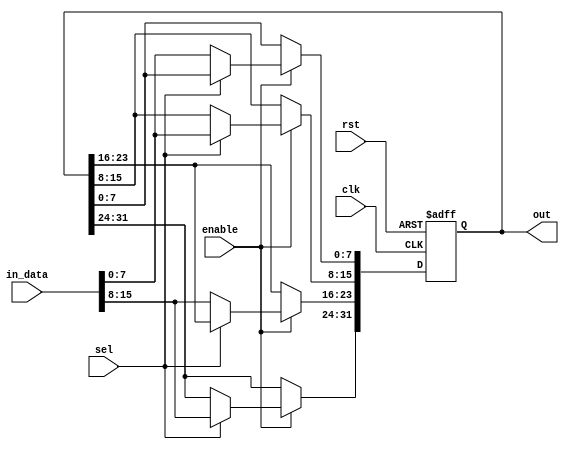
module Reg_out #(parameter NO_comp_word = 2 , data_width = 8) (
    input   wire    [NO_comp_word * data_width-1 : 0]     in_data,        
    input   wire                                          clk , rst,
    input   wire                                          enable,
    output  reg    [2 * NO_comp_word * data_width-1 : 0] out,        // zr1[7:0] zi1[8:15] zr2[16:23] zi2[24:31]
    input   wire                                          sel
 );
    
    
    always @(posedge clk or negedge rst)
        begin
            if ( !rst )
                out <= 0;
            else if ( enable )
                case(sel)
                    0 :     begin
                                 out[ 1 * data_width - 1 : data_width * 0 ] <= in_data[data_width-1:0];    //store Z1r
                                 out[ 3 * data_width - 1 : data_width * 2 ] <= in_data[2*data_width-1:1*data_width];    //store Z2r
                            end
                    1 :     begin
                                 out[ 2 * data_width - 1 : data_width * 1 ] <= in_data[data_width-1:0];    //store Z1i
                                 out[ 4 * data_width - 1 : data_width * 3 ] <= in_data[2*data_width-1:1*data_width];    //store Z2i
                            end
                endcase
        end


endmodule